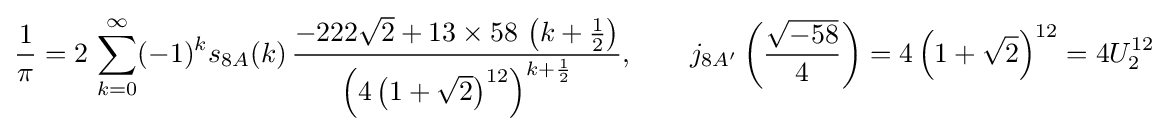
{\frac {1}{\pi }}=2\,\sum _{k=0}^{\infty }(-1)^{k}s_{8A}(k)\,{\frac {-222{\sqrt {2}}+13\times 58\,\left(k+{\frac {1}{2}}\right)}{\left(4\left(1+{\sqrt {2}}\right)^{12}\right)^{k+{\frac {1}{2}}}}},\qquad j_{8A'}\left({\frac {\sqrt {-58}}{4}}\right)=4\left(1+{\sqrt {2}}\right)^{12}=4U_{2}^{12}